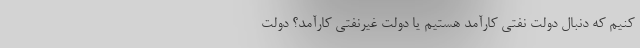
کنیم که دنبال دولت نفتی کارآمد هستیم یا دولت غیرنفتی کارآمد؟ دولت